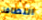
النظافة